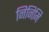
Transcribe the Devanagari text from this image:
निनिमि